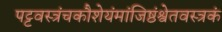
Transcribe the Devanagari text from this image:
पट्टवस्त्रंचकौशेयंमांजिष्ठंश्वेतवस्त्रकं